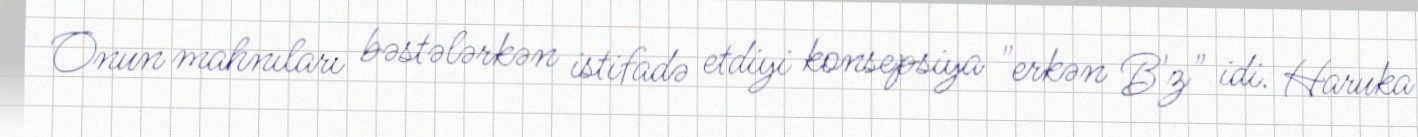
Onun mahnıları bəstələrkən istifadə etdiyi konsepsiya "erkən B'z" idi. Haruka